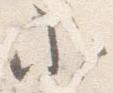
小